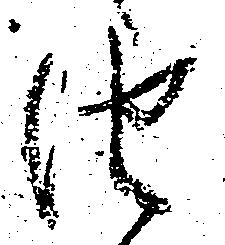
由